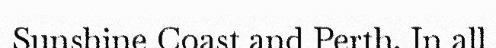
Sunshine Coast and Perth. In all